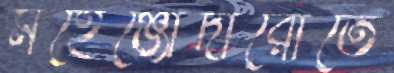
মহেঞ্জোদারোতে